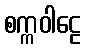
စက္ကဝါဠေ